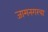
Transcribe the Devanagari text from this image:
जामनगरचा